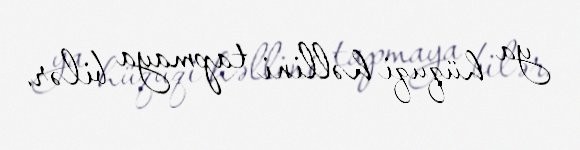
ya hüquqi həllini tapmaya bilər.